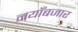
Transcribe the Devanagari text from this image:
नयाँबजार